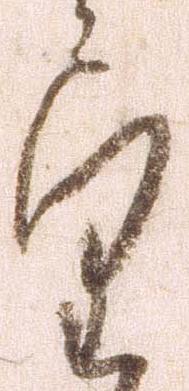
望